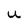
Character: u